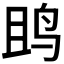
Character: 𱉘